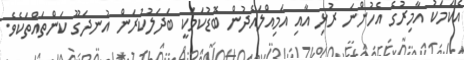
އެކަމަކު އާމިރުގެ އެހުންނަ ރުޅި އާއި އަމިއްލައެދުން ބޮޑުކަމަކީ ބަދަލުކުރަން އުނދަގޫ ކަންތައްތަކެވެ.